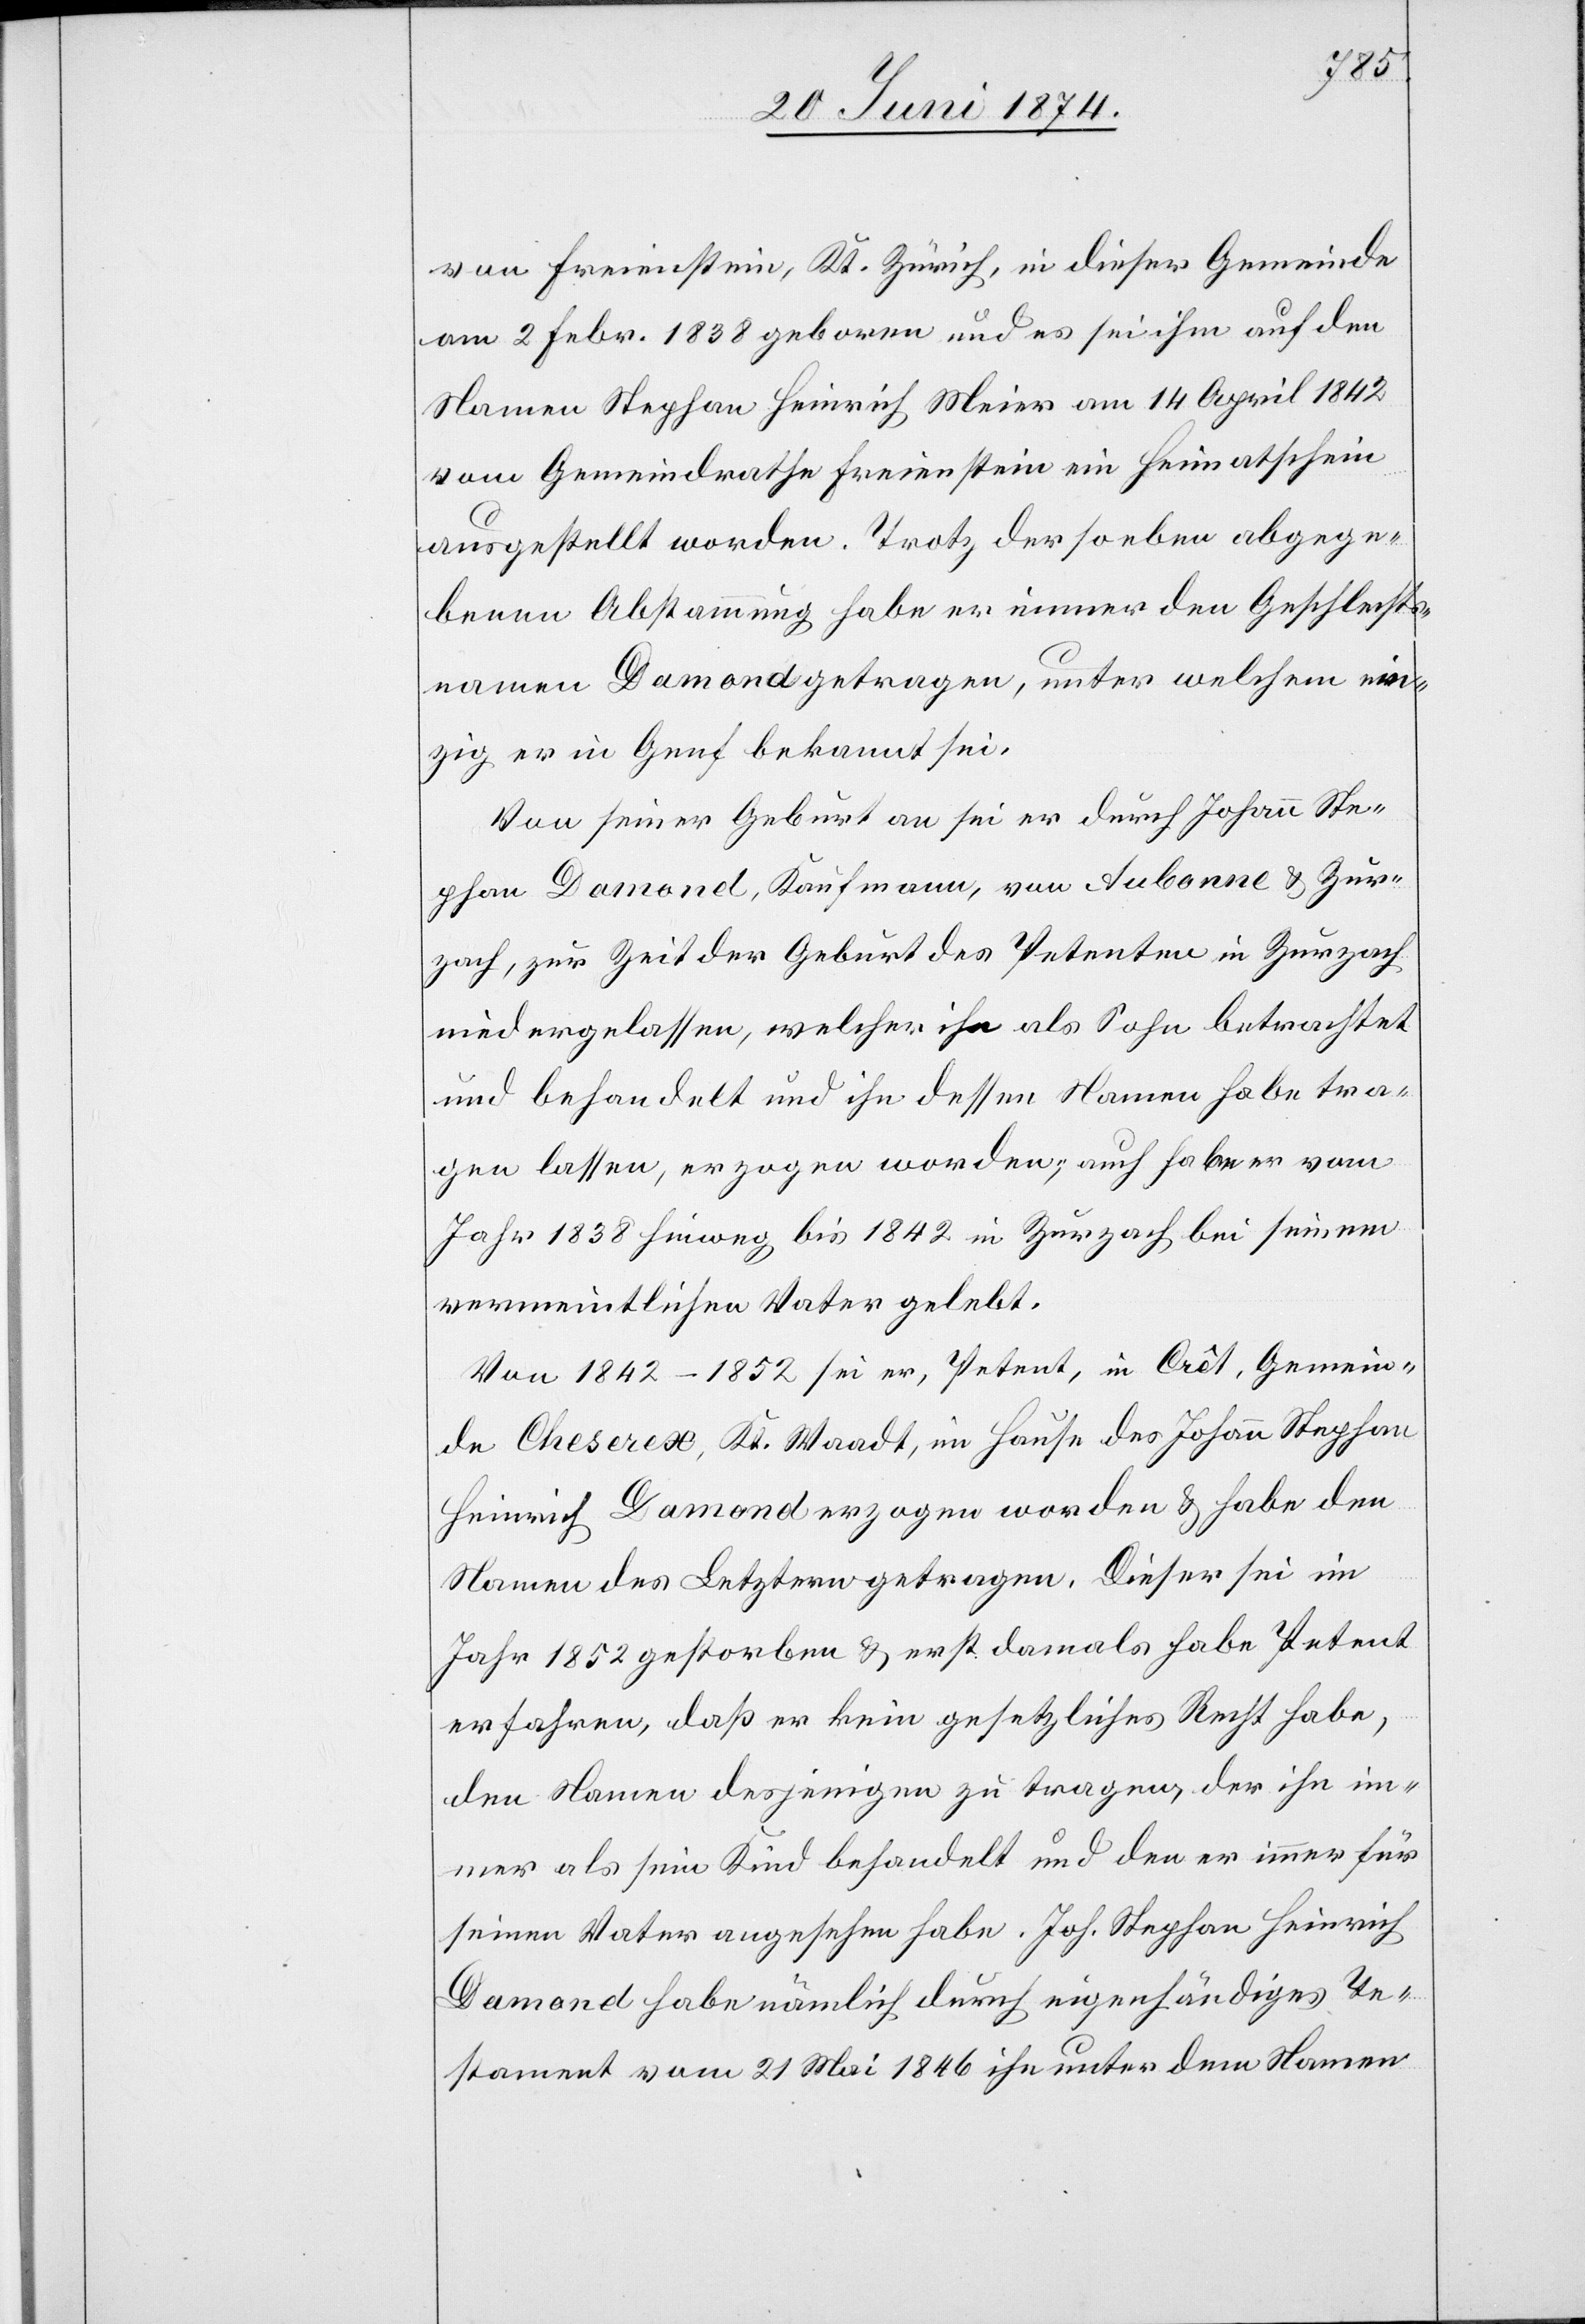
von Freienstein, Kt. Zürich, in dieser Gemeinde
am 2. Febr. 1838 geboren und es sei ihm auf den
Namen Stephan Heinrich Meier am 14. April 1842
vom Gemeindrathe Freienstein ein Heimatschein
ausgestellt worden. Trotz der so eben abgege¬
benen Abstammung habe er immer den Geschlechts¬
namen Damond getragen, unter welchem ein¬
zig er in Genf bekannt sei.
Von seiner Geburt an sei er durch Johann Ste¬
phan Damond, Kaufmann, von Aubonne u. Zur¬
zach, zur Zeit der Geburt des Petenten in Zurzach
niedergelassen, welcher ihn als Sohn betrachtet
und behandelt und ihn dessen Namen habe tra¬
gen lassen, erzogen worden, auch habe er vom
Jahr 1838 hinweg bis 1842 in Zurzach bei seinem
vermeintlichen Vater gelebt.
Von 1842–1852 sei er, Petent, in Crêt, Gemein¬
de Cheserex, Kt. Waadt, im Hause des Johann Stephan
Heinrich Damond erzogen worden u. habe den
Namen des letztern getragen. Dieser sei im
Jahr 1852 gestorben u. erst damals habe Petent
erfahren, daß er kein gesetzliches Recht habe,
den Namen desjenigen zu tagen, der ihn im¬
mer als sein Kind behandelt und den er immer für
seinen Vater angesehen habe. Joh. Stephan Heinrich
Damond habe nämlich durch eigenhändiges Te¬
stament vom 21. Mai 1846 ihn unter dem Namen